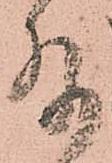
存